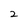
Character: 2